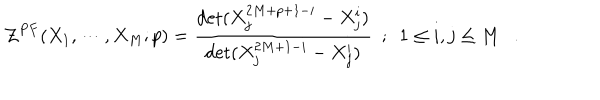
LaTeX: { \cal { Z } } ^ { P F } ( X _ { 1 } , \cdots , X _ { M } ; p ) = { \frac { \det ( X _ { j } ^ { 2 M + p + 1 - i } - X _ { j } ^ { i } ) } { \det ( X _ { j } ^ { 2 M + 1 - i } - X _ { j } ^ { i } ) } } ~ ~ ; ~ ~ 1 \le i , j \le M .